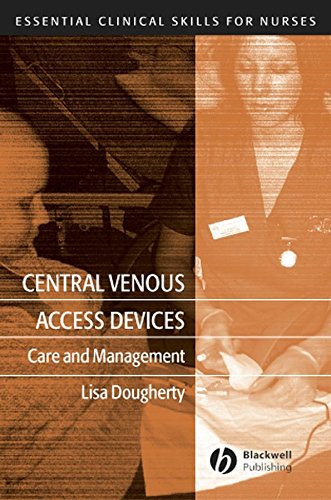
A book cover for Central Venous Access Devices: Care and Management; Lisa Dougherty; Medical Books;